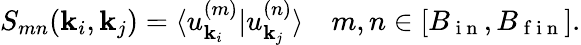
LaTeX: S_{mn}(\mathbf{k}_{i},\mathbf{k}_{j})=\langle u_{\mathbf{k}_{i}}^{(m)}|u_{\mathbf{k}_{j}}^{(n)}\rangle\quad m,n\in[B_{\mathrm{~i~n~}},B_{\mathrm{~f~i~n~}}].